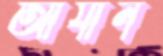
আযান